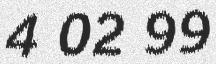
4 02 99